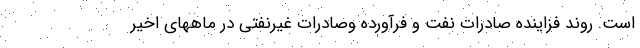
است. روند فزاینده صادرات نفت و فرآورده وصادرات غیرنفتی در ماههای اخیر